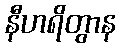
နီဟရိတွာန